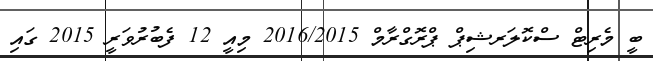
ބީ މެރިޓް ސްކޮލަރޝިޕް ޕްރޮގްރާމް 2016/2015 މިއީ 12 ފެބުރުވަރީ 2015 ގައި